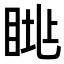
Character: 𥆮